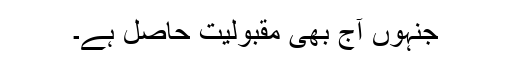
جنہوں آج بھی مقبولیت حاصل ہے۔